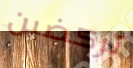
تركضين